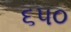
૬૫૦